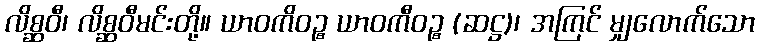
လိစ္ဆဝီ၊ လိစ္ဆဝီမင်းတို့။ ယာဝကိဝဉ္စ ယာဝကီဝဉ္စ (ဆဋ္ဌ)၊ အကြင် မျှလောက်သော